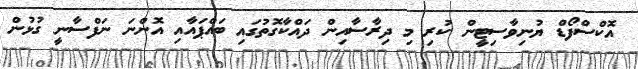
އޮކްސްފޯޑް ޔުނިވާސިޓީން ކުރި މި ދިރާސާއިން ދައްކާގޮތުގައި ބައްޕައާއި އޮންނަ ނަފްސާނީ ގުޅުން